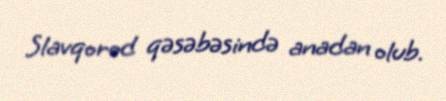
Slavqorod qəsəbəsində anadan olub.